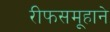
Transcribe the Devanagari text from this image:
रीफसमूहाने